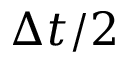
\Delta t / 2